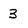
Character: 3